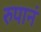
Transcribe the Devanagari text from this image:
रुपानं